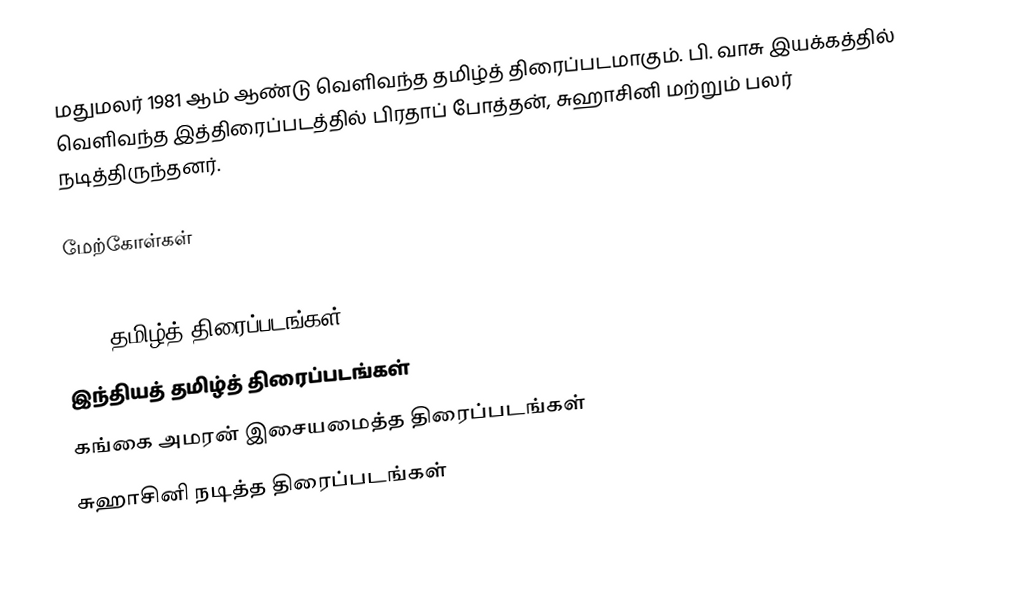
மதுமலர் 1981 ஆம் ஆண்டு வெளிவந்த தமிழ்த் திரைப்படமாகும். பி. வாசு இயக்கத்தில் வெளிவந்த இத்திரைப்படத்தில் பிரதாப் போத்தன், சுஹாசினி மற்றும் பலர் நடித்திருந்தனர்.

மேற்கோள்கள்

1981 தமிழ்த் திரைப்படங்கள்
இந்தியத் தமிழ்த் திரைப்படங்கள்
கங்கை அமரன் இசையமைத்த திரைப்படங்கள்
சுஹாசினி நடித்த திரைப்படங்கள்